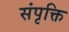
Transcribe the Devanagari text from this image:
संपृक्ति